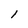
Character: 1